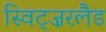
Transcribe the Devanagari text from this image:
स्विट्ज़रलैड